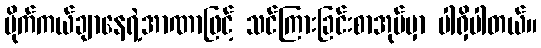
မိုက်ကယ်ချာနေရဲ့အာဏာဖြင့် သင်ကြားခြင်းစာအုပ်မှာ ပါရှိပါတယ်။